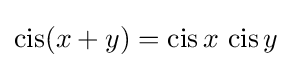
\operatorname {cis} (x+y)=\operatorname {cis} x\,\operatorname {cis} y